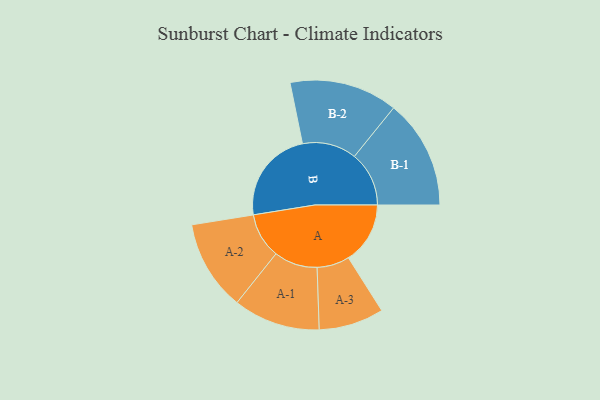
{"axis": {"x": "Segment", "y": "Value"}, "legend": ["", "A", "B"], "data": [{"x": "A", "y": 243, "type": ""}, {"x": "B", "y": 369, "type": ""}, {"x": "A-1", "y": 171, "type": "A"}, {"x": "A-2", "y": 178, "type": "A"}, {"x": "A-3", "y": 128, "type": "A"}, {"x": "B-1", "y": 215, "type": "B"}, {"x": "B-2", "y": 213, "type": "B"}]}